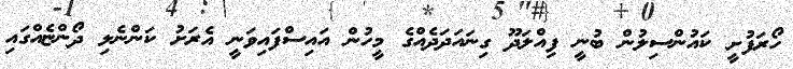
ހޯރަފުށީ ކައުންސިލުން ބުނީ ފިއްލަދޫ ގިނައަދަދެއްގެ މީހުން އައިސްފައިވަނީ އެރަށު ކަންނެލި ދޯންޏެއްގައި